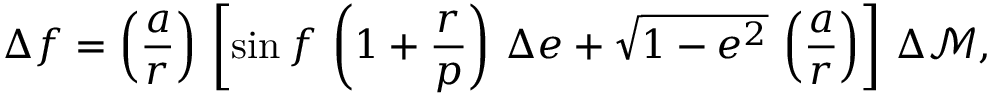
\Delta f = \left( \frac { a } { r } \right) \, \left[ \sin f \, \left( 1 + \frac { r } { p } \right) \, \Delta e + \sqrt { 1 - e ^ { 2 } } \, \left( \frac { a } { r } \right) \right] \, \Delta \mathcal { M } ,